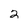
Character: 2